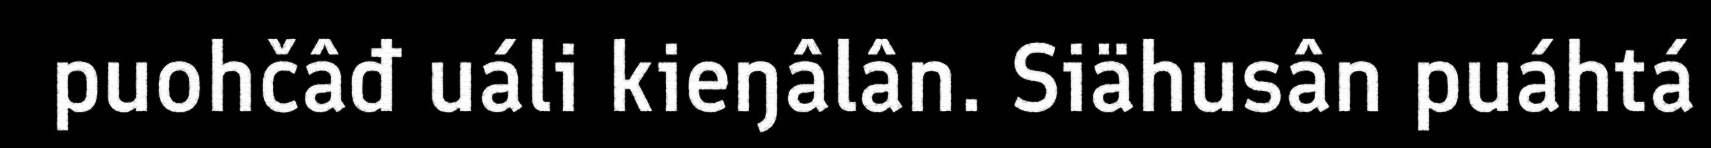
puohčâđ uáli kieŋâlân. Siähusân puáhtá